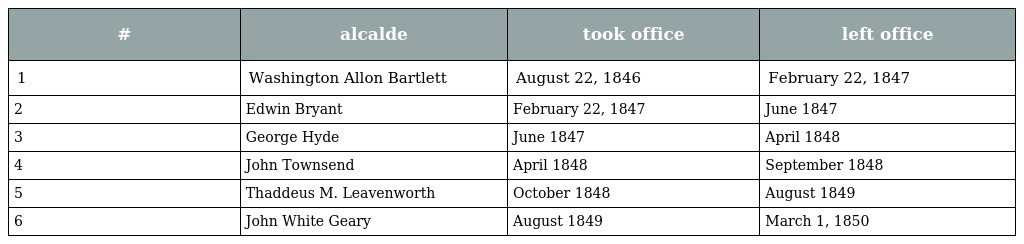
| # | alcalde | took office | left office |
 | --- | --- | --- | --- |
 | 1 | Washington Allon Bartlett | August 22, 1846 | February 22, 1847 |
 | 2 | Edwin Bryant | February 22, 1847 | June 1847 |
 | 3 | George Hyde | June 1847 | April 1848 |
 | 4 | John Townsend | April 1848 | September 1848 |
 | 5 | Thaddeus M. Leavenworth | October 1848 | August 1849 |
 | 6 | John White Geary | August 1849 | March 1, 1850 |